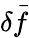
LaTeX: \delta\vec{f}